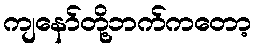
ကျနော်တို့ဘက်ကတော့